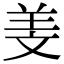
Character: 𦍡